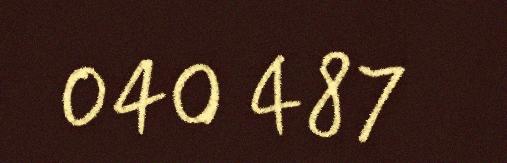
040 487